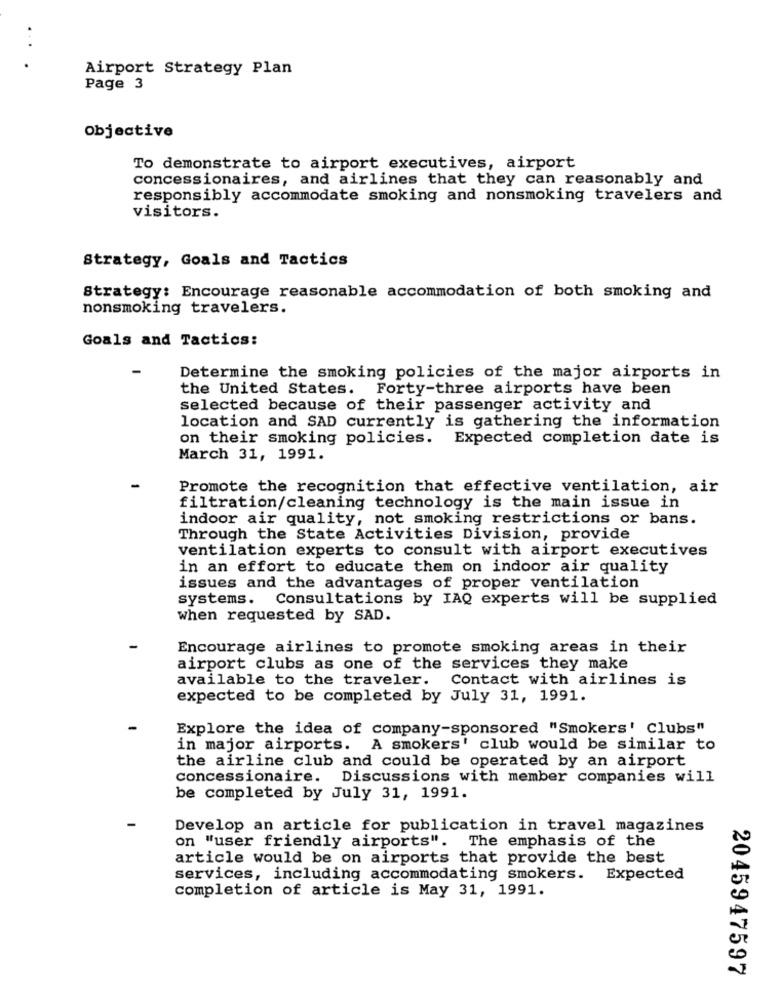
Airport Strategy Plan
Page 3
Objective
To demonstrate to airport executives, airport
concessionaires, and airlines that they can reasonably and
responsibly accommodate smoking and nonsmoking travelers and
visitors.
Strategy, Goals and Tactics
Strategy: Encourage reasonable accommodation of both smoking and
nonsmoking travelers.
Goals and Tactics:
Determine the smoking policies of the major airports in
the United States. Forty-three airports have been
selected because of their passenger activity and
location and SAD currently is gathering the information
on their smoking policies. Expected completion date is
March 31, 1991.
Promote the recognition that effective ventilation, air
filtration/cleaning technology is the main issue in
indoor air quality, not smoking restrictions or bans.
Through the State Activities Division, provide
ventilation experts to consult with airport executives
in an effort to educate them on indoor air quality
issues and the advantages of proper ventilation
systems. Consultations by IAQ experts will be supplied
when requested by SAD.
Encourage airlines to promote smoking areas in their
airport clubs as one of the services they make
available to the traveler. Contact with airlines is
expected to be completed by July 31, 1991.
Explore the idea of company-sponsored "Smokers' Clubs"
in major airports. A smokers' club would be similar to
the airline club and could be operated by an airport
concessionaire. Discussions with member companies will
be completed by July 31, 1991.
Develop an article for publication in travel magazines
on "user friendly airports".
The emphasis of the
article would be on airports that provide the best
services, including accommodating smokers. Expected
completion of article is May 31, 1991.
2045947597